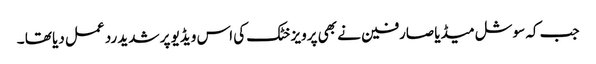
جب کہ سوشل میڈیا صارفین نے بھی پرویز خٹک کی اس ویڈیو پر شدید رد عمل دیا تھا ۔